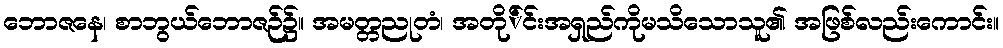
ဘောဇနေ၊ စာဘွယ်ဘောဇဉ်၌။ အမတ္တညုတံ၊ အတို်င်းအရှည်ကိုမသိသောသူ၏ အဖြစ်လည်းကောင်း။